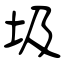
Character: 圾